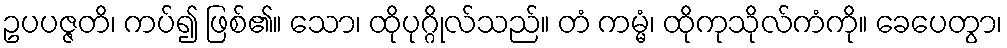
ဥပပဇ္ဇတိ၊ ကပ်၍ ဖြစ်၏။ သော၊ ထိုပုဂ္ဂိုလ်သည်။ တံ ကမ္မံ၊ ထိုကုသိုလ်ကံကို။ ခေပေတွာ၊